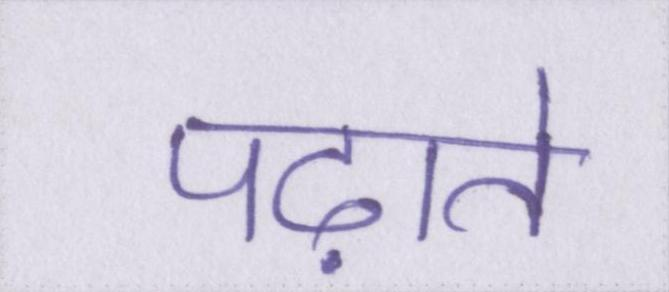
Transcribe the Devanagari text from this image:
पढ़ाते